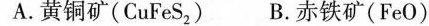
A.黄铜矿(CuFeS_{2}) B.赤铁矿(FeO)